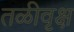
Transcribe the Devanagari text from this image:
तळीवृक्ष